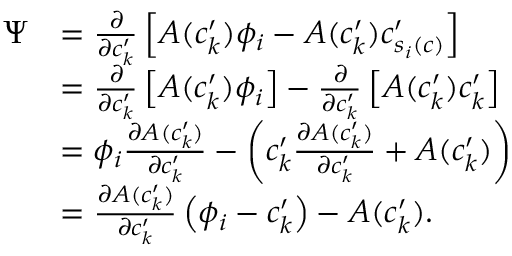
\begin{array} { r l } { \Psi } & { = { \frac { \partial } { \partial c _ { k } ^ { \prime } } \left[ A ( c _ { k } ^ { \prime } ) \phi _ { i } - A ( c _ { k } ^ { \prime } ) c _ { s _ { i } ( c ) } ^ { \prime } \right] } } \\ & { = \frac { \partial } { \partial c _ { k } ^ { \prime } } \left[ A ( c _ { k } ^ { \prime } ) \phi _ { i } \right] - \frac { \partial } { \partial c _ { k } ^ { \prime } } \left[ A ( c _ { k } ^ { \prime } ) c _ { k } ^ { \prime } \right] } \\ & { = \phi _ { i } \frac { \partial A ( c _ { k } ^ { \prime } ) } { \partial c _ { k } ^ { \prime } } - \left( c _ { k } ^ { \prime } \frac { \partial A ( c _ { k } ^ { \prime } ) } { \partial c _ { k } ^ { \prime } } + A ( c _ { k } ^ { \prime } ) \right) } \\ & { = \frac { \partial A ( c _ { k } ^ { \prime } ) } { \partial c _ { k } ^ { \prime } } \left( \phi _ { i } - c _ { k } ^ { \prime } \right) - A ( c _ { k } ^ { \prime } ) . } \end{array}